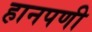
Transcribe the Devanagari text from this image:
हानपणी